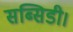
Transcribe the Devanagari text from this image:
सब्सिडी।